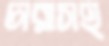
চারাসহ